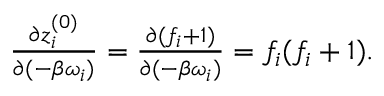
\begin{array} { r } { \frac { \partial z _ { i } ^ { ( 0 ) } } { \partial ( - \beta \omega _ { i } ) } = \frac { \partial ( f _ { i } + 1 ) } { \partial ( - \beta \omega _ { i } ) } = f _ { i } ( f _ { i } + 1 ) . } \end{array}